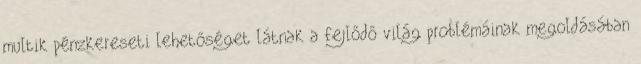
multik pénzkereseti lehetőséget látnak a fejlődő világ problémáinak megoldásában